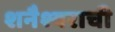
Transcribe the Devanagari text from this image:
शनैश्वराची